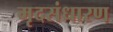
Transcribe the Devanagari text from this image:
मृदसंधारण